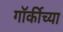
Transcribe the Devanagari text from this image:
गॉर्कीच्या